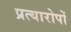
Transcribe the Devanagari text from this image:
प्रत्यारोपों